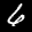
Label: 6